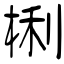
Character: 梸